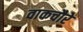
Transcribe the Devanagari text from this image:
वाकचौरे